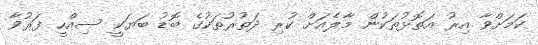
ކަމަށްވާ އިރު އަތޮޅުތަކުން މާލެއަށް ކުރި ދަތުރުތަކުގެ ބޮޑު ބަޔަކީ ސިއްހީ ފަރުވާ